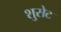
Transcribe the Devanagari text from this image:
शुसेट